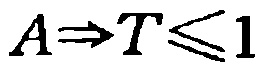
$A\Rightarrow T\leqslant 1$